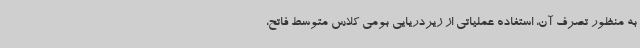
به منظور تصرف آن، استفاده عملیاتی از زیردریایی بومی کلاس متوسط فاتح،